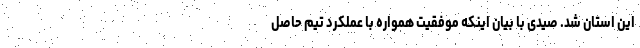
این استان شد. صیدی با بیان اینکه موفقیت همواره با عملکرد تیم حاصل